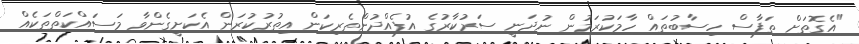
"އެގޮތަށް ތަފާސް ހިސާބުތައް ހާމަކުރަމުން ނުދަނީ ސަރުކާރުގެ އުފެއްދުންތެރިކަން އިތުރުކުރަން އެކަށީގެންވާ މަސައްކަތްތަކެއް